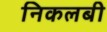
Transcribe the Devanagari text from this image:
निकलबी